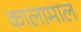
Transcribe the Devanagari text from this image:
कालामाल